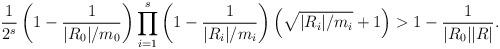
LaTeX: \begin{align*}\dfrac{1}{2^{s}}\left(1-\dfrac{1}{|R_0|/m_0}\right)\prod_{i=1}^s\left(1-\dfrac{1}{|R_i|/m_i}\right)\left(\sqrt{|R_i|/m_i}+1\right)>1-\frac{1}{|R_0||R|}.\end{align*}